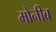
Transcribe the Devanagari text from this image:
मोनीब